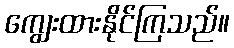
ကျွေးထားနိုင်ကြသည်။